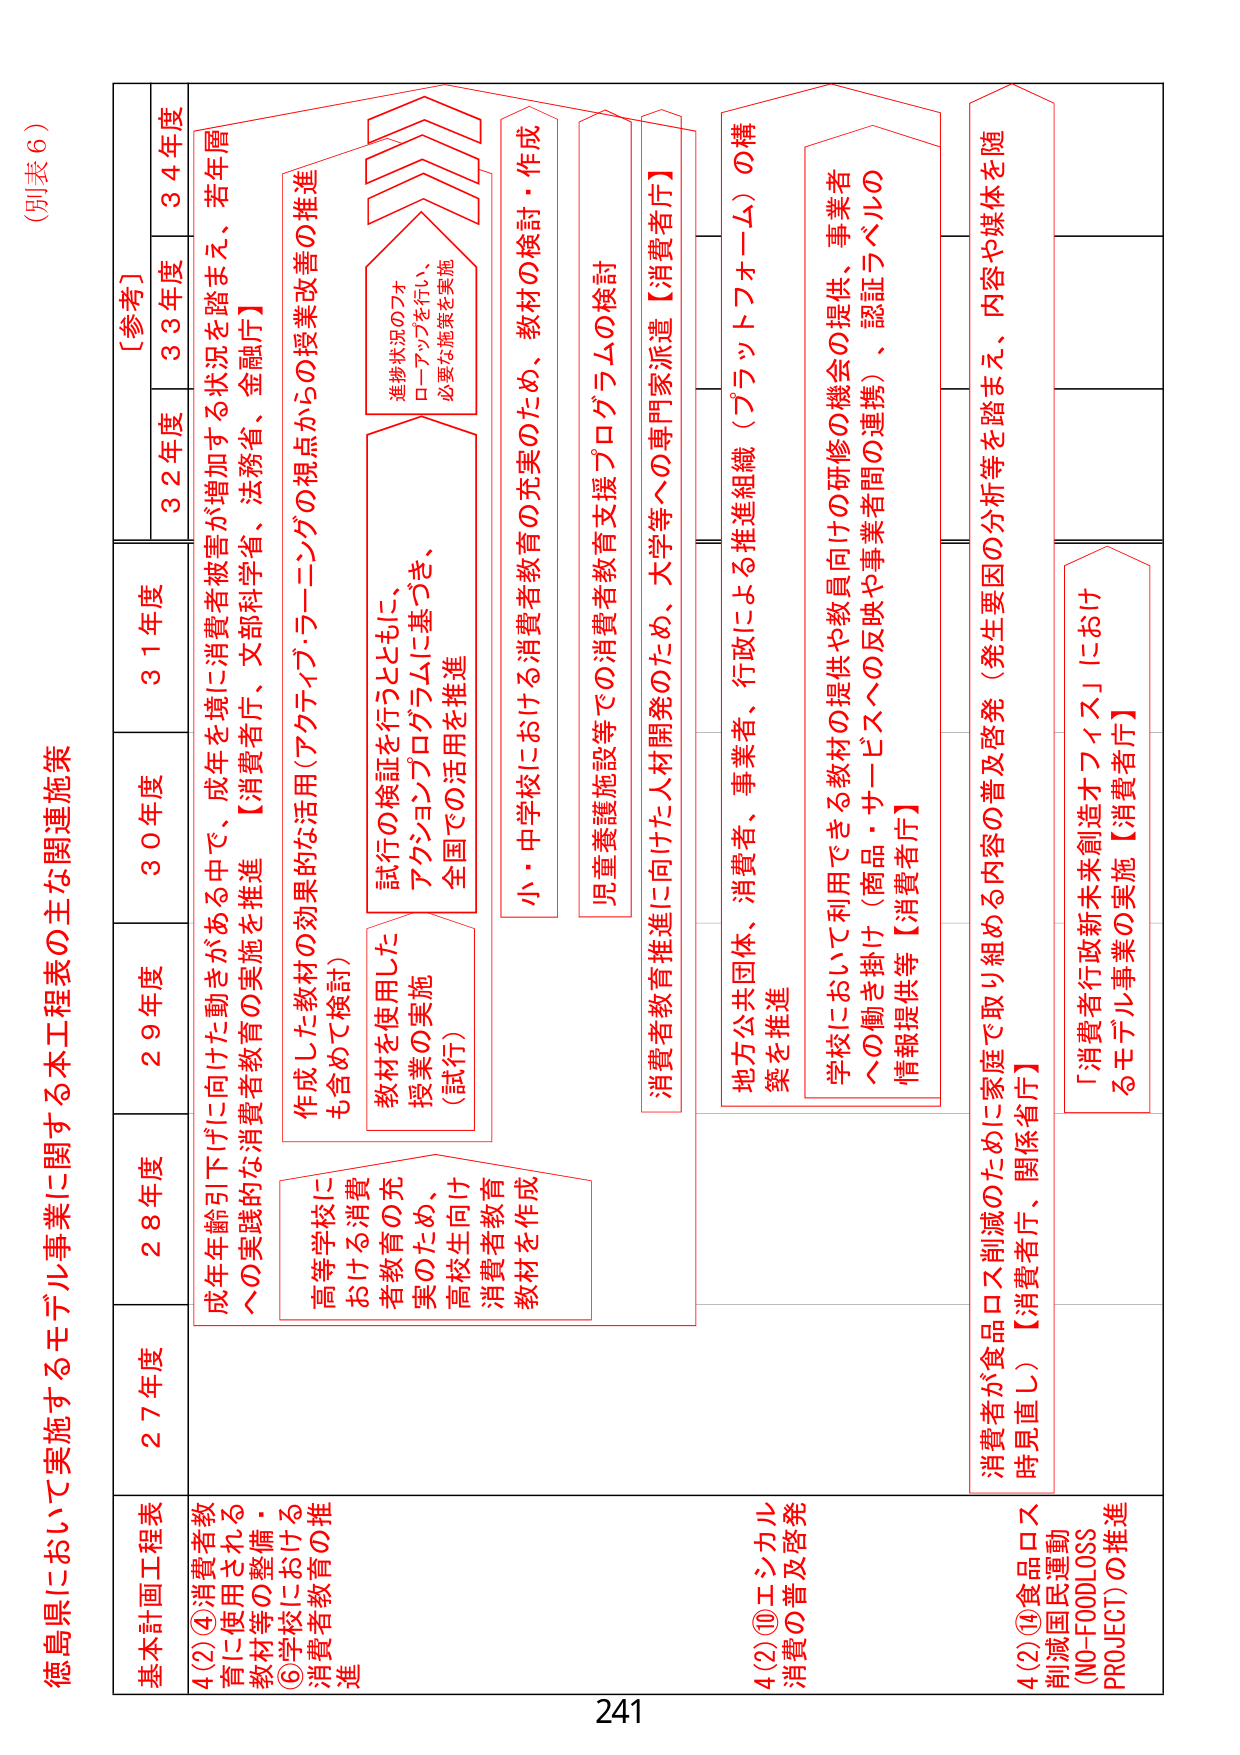
(別表６)

徳島県において実施するモデル事業に関する本工程表の主な関連施策

基本計画工程表
27年度
28年度
29年度
30年度
31年度
32年度
33年度
34年度
[参考]

4(2)④消費者教育に使用される教材等の整備・
⑤学校における消費者教育の推進

成年齢引下げに向けた動きがある中で、成年を境に消費者被害が増加する状況を踏まえ、若年層への実践的な消費者教育の実施を推進【消費者庁、文部科学省、法務省、金融庁】

高等学校における消費者教育の充実のため、高校生向け消費者教育教材を作成

教材を使用した授業の実施（試行）

作成した教材の効果的な活用（アクティブラーニングの視点からの授業改善の推進も含めて検討）

試行の検証を行うとともに、アクションプログラムに基づき、全国での活用を推進

進捗状況のフォローアップを行い、必要な施策を実施

小・中学校における消費者教育の充実のため、教材の検討・作成

児童養護施設等での消費者教育支援プログラムの検討

消費者教育推進に向けた人材開発のため、大学等への専門家派遣【消費者庁】

4(2)⑩エシカル消費の普及啓発

地方公共団体、事業者、行政による推進組織（プラットフォーム）の構築を推進

学校において利用できる教材の提供や教員向けの研修の機会の提供、事業者への働き掛け（商品・サービスへの反映や事業者間の連携）、認証ラベルの情報提供等【消費者庁】

4(2)⑭食品ロス削減国民運動（NO-FOODLOSS PROJECT）の推進

消費者が食品ロス削減のために家庭で取り組める内容の普及啓発（発生要因の分析等を踏まえ、内容や媒体を随時見直し）【消費者庁、関係省庁】

「消費者行政新未来創造オフィス」におけるモデル事業の実施【消費者庁】

241